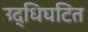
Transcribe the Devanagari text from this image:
उद्धिघटित